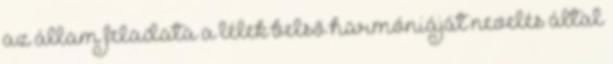
az állam feladata a lélek belső harmóniáját nevelés által